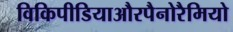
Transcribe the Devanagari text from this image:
विकिपीडियाऔरपैनोरैमियो